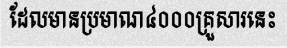
ដែលមានប្រមាណ៤០០០គ្រួសារនេះ